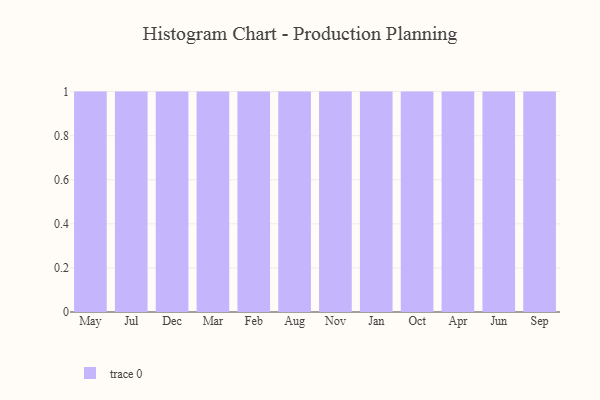
{"axis": {"x": "Month", "y": "Population (Million)"}, "legend": [""], "data": [{"x": "May", "y": 86, "type": ""}, {"x": "Jul", "y": 67, "type": ""}, {"x": "Dec", "y": 96, "type": ""}, {"x": "Mar", "y": 34, "type": ""}, {"x": "Feb", "y": 57, "type": ""}, {"x": "Aug", "y": 13, "type": ""}, {"x": "Nov", "y": 51, "type": ""}, {"x": "Jan", "y": 76, "type": ""}, {"x": "Oct", "y": 32, "type": ""}, {"x": "Apr", "y": 32, "type": ""}, {"x": "Jun", "y": 87, "type": ""}, {"x": "Sep", "y": 88, "type": ""}]}